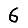
Digit: 6